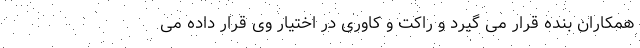
همکاران بنده قرار می گیرد و راکت و کاوری در اختیار وی قرار داده می